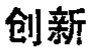
创新